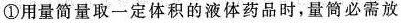
①用量筒量取一定体积的液体药品时，量筒必需放